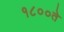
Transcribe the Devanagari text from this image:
१८००ते